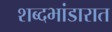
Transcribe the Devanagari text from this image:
शब्दभांडारात